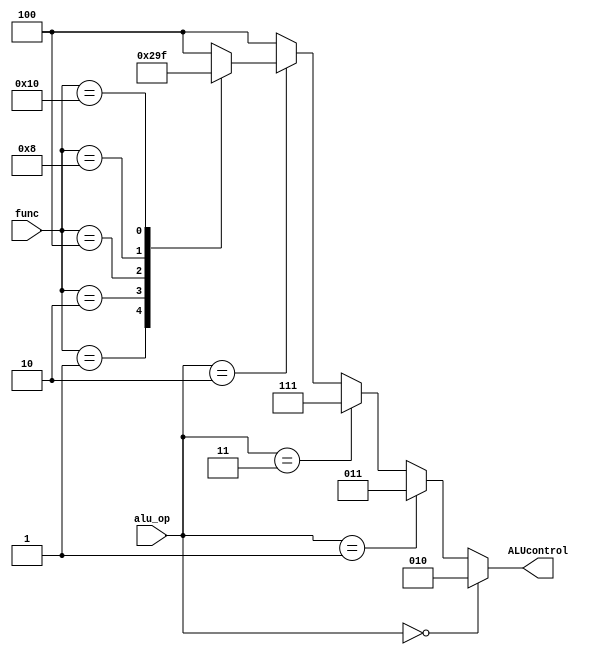
module alu_cu (input [1:0] alu_op, input [5:0] func, output reg [2:0] ALUcontrol);
  
  always @(alu_op, func)
  begin
    ALUcontrol = 3'b100;
    if (alu_op == 2'b00)        // lw or sw
            ALUcontrol = 3'b010;
    else if (alu_op == 2'b01)   // beq
            ALUcontrol = 3'b011;
    else if (alu_op == 2'b11)   // slti
            ALUcontrol = 3'b111;
    else if (alu_op == 2'b10)    // R-type
      begin
        case (func)
          6'b000001: ALUcontrol = 3'b000;  // and
          6'b000010: ALUcontrol = 3'b001;  // or
          6'b000100: ALUcontrol = 3'b010;  // add
          6'b001000: ALUcontrol = 3'b011;  // sub
          6'b010000: ALUcontrol = 3'b111;  // slt
        default:   ALUcontrol = 3'b100;
        endcase
      end
        
  end
  
endmodule